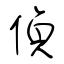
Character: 偵